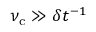
\nu _ { \mathrm { c } } \gg \delta t ^ { - 1 }